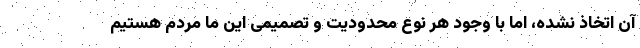
آن اتخاذ نشده، اما با وجود هر نوع محدودیت و تصمیمی این ما مردم هستیم